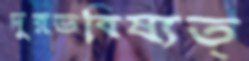
দূরভবিষ্যত্